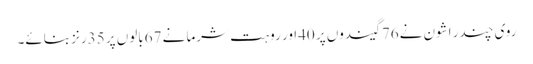
روی چندر اشون نے76گیندوں پر 40اور روہت شرما نے 67بالوں پر 35رنز بنائے۔